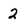
Character: 2